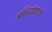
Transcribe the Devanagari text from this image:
अभिव्यक्त्याने